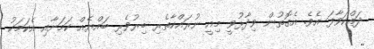
ދައްކަވާފަ އެވެ. އެގޮތުން ވިދާޅުވީ މިއީ ނުރައްކާތެރި ބިރުވެރި ބައްޔެއް ކަމަށާއި އެކަމަކު